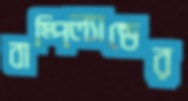
বাম্পিল্যান্ডের